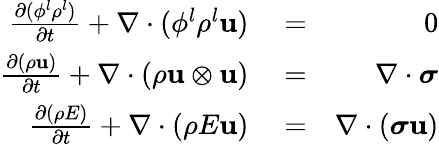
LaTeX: \begin{array}{rlr}{\frac{\partial(\phi^{l}\rho^{l})}{\partial t}+\nabla\cdot(\phi^{l}\rho^{l}\mathbf{u})}&{{}=}&{0}\\ {\frac{\partial(\rho\mathbf{u})}{\partial t}+\nabla\cdot(\rho\mathbf{u}\otimes\mathbf{u})}&{{}=}&{\nabla\cdot\boldsymbol\sigma}\\ {\frac{\partial(\rho E)}{\partial t}+\nabla\cdot(\rho E\mathbf{u})}&{{}=}&{\nabla\cdot(\boldsymbol\sigma\mathbf{u})}\end{array}